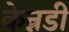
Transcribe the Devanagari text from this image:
केन्नडी